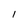
Character: l